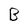
Character: B